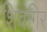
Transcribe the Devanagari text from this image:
शिवगिर